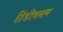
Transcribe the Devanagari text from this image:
टिंडीवनम